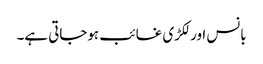
بانس اور لکڑی غائب ہوجاتی ہے۔